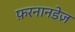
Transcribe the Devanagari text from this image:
फ़रनानडेज़